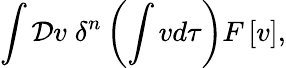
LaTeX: \int{\cal D}v\; \delta^{n}\left(\int vd\tau\right)F\left[v\right],